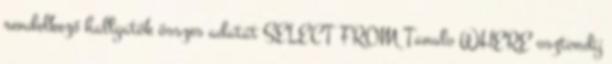
rendelkező hallgatók összes adatát SELECT FROM Tanulo WHERE osztondij